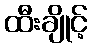
ထီးချိုင့်